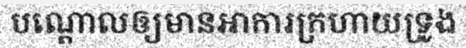
បណ្តោលឲ្យមានអាការក្រហាយទ្រូង